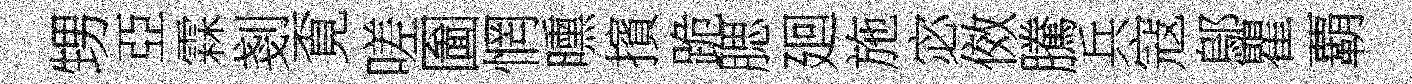
甥亞霖剗覔嗟圗惘曛擯跪腮廻施宓傚騰兵寇鄔瞿覇